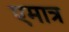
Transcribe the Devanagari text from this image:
एमात्र